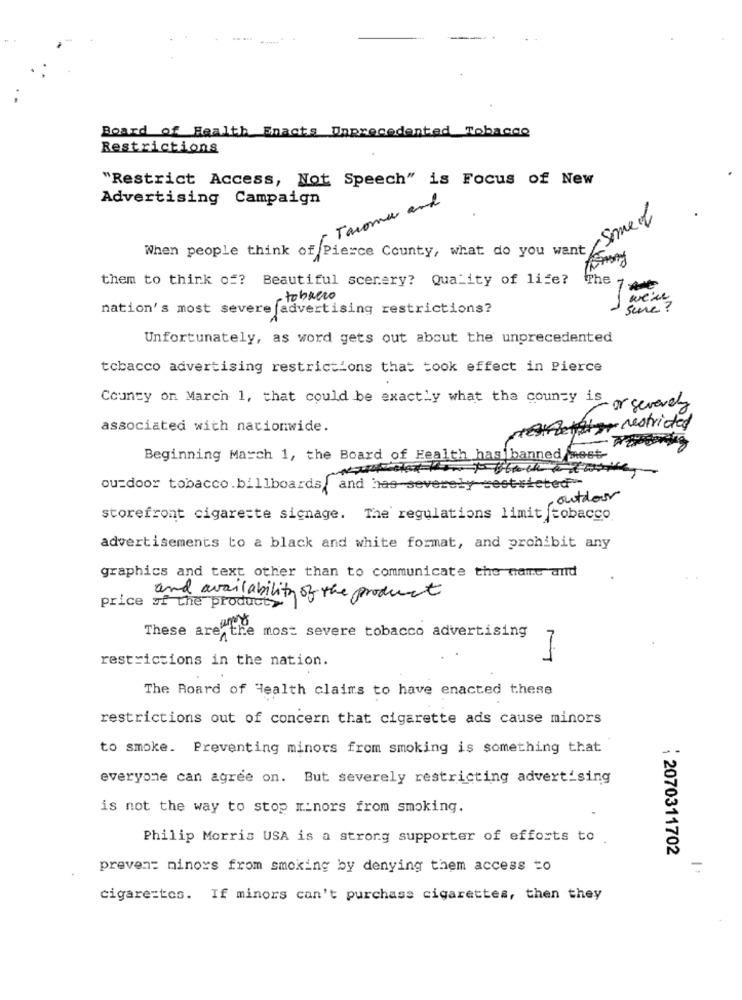
Board of Health Enacts Unprecedented Tobacco
Restrictions
"Restrict Access, Not Speech" is Focus of New
Advertising Campaign
Tacoma and
-Someof
When people think of Pierce County, what do you want
them to think of? Beautiful scenery? Quality of life? The 1
rtobrero
we're
nation's most severe advertising restrictions?
sure ?
Unfortunately, as word gets out about the unprecedented
tobacco advertising restrictions that took effect in Pierce
County on March 1, that could be exactly what the county is
or severely
associated with nationwide.
newletter restricted
Beginning March 1, the Board of Health has banned mest-
ou=door tobacco.billboards,and has-severely sestricted
,outdoor
storefront cigarette signage. The regulations limit tobacco
advertisements to a black and white format, and prohibit any
graphics and text other than to communicate the name and
and availability of the product
price of the product>
These are
the most severe tobacco advertising
7
restrictions in the nation.
The Board of Health claims to have enacted these
restrictions out of concern that cigarette ads cause minors
to smoke. Preventing minors from smoking is something that
everyone can agree on. But severely restricting advertising
is not the way to stop minors from smoking.
Philip Morris USA is a strong supporter of efforts to.
: 2070311702
preven: minors from smoking by denying them access to
=
cigare=tes. If minors can't purchase cigarettes, then they